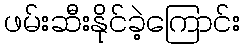
ဖမ်းဆီးနိုင်ခဲ့ကြောင်း